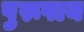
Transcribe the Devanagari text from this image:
पुरूषाय